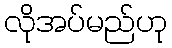
လိုအပ်မည်ဟု